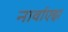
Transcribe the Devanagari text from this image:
नार्वाएझ